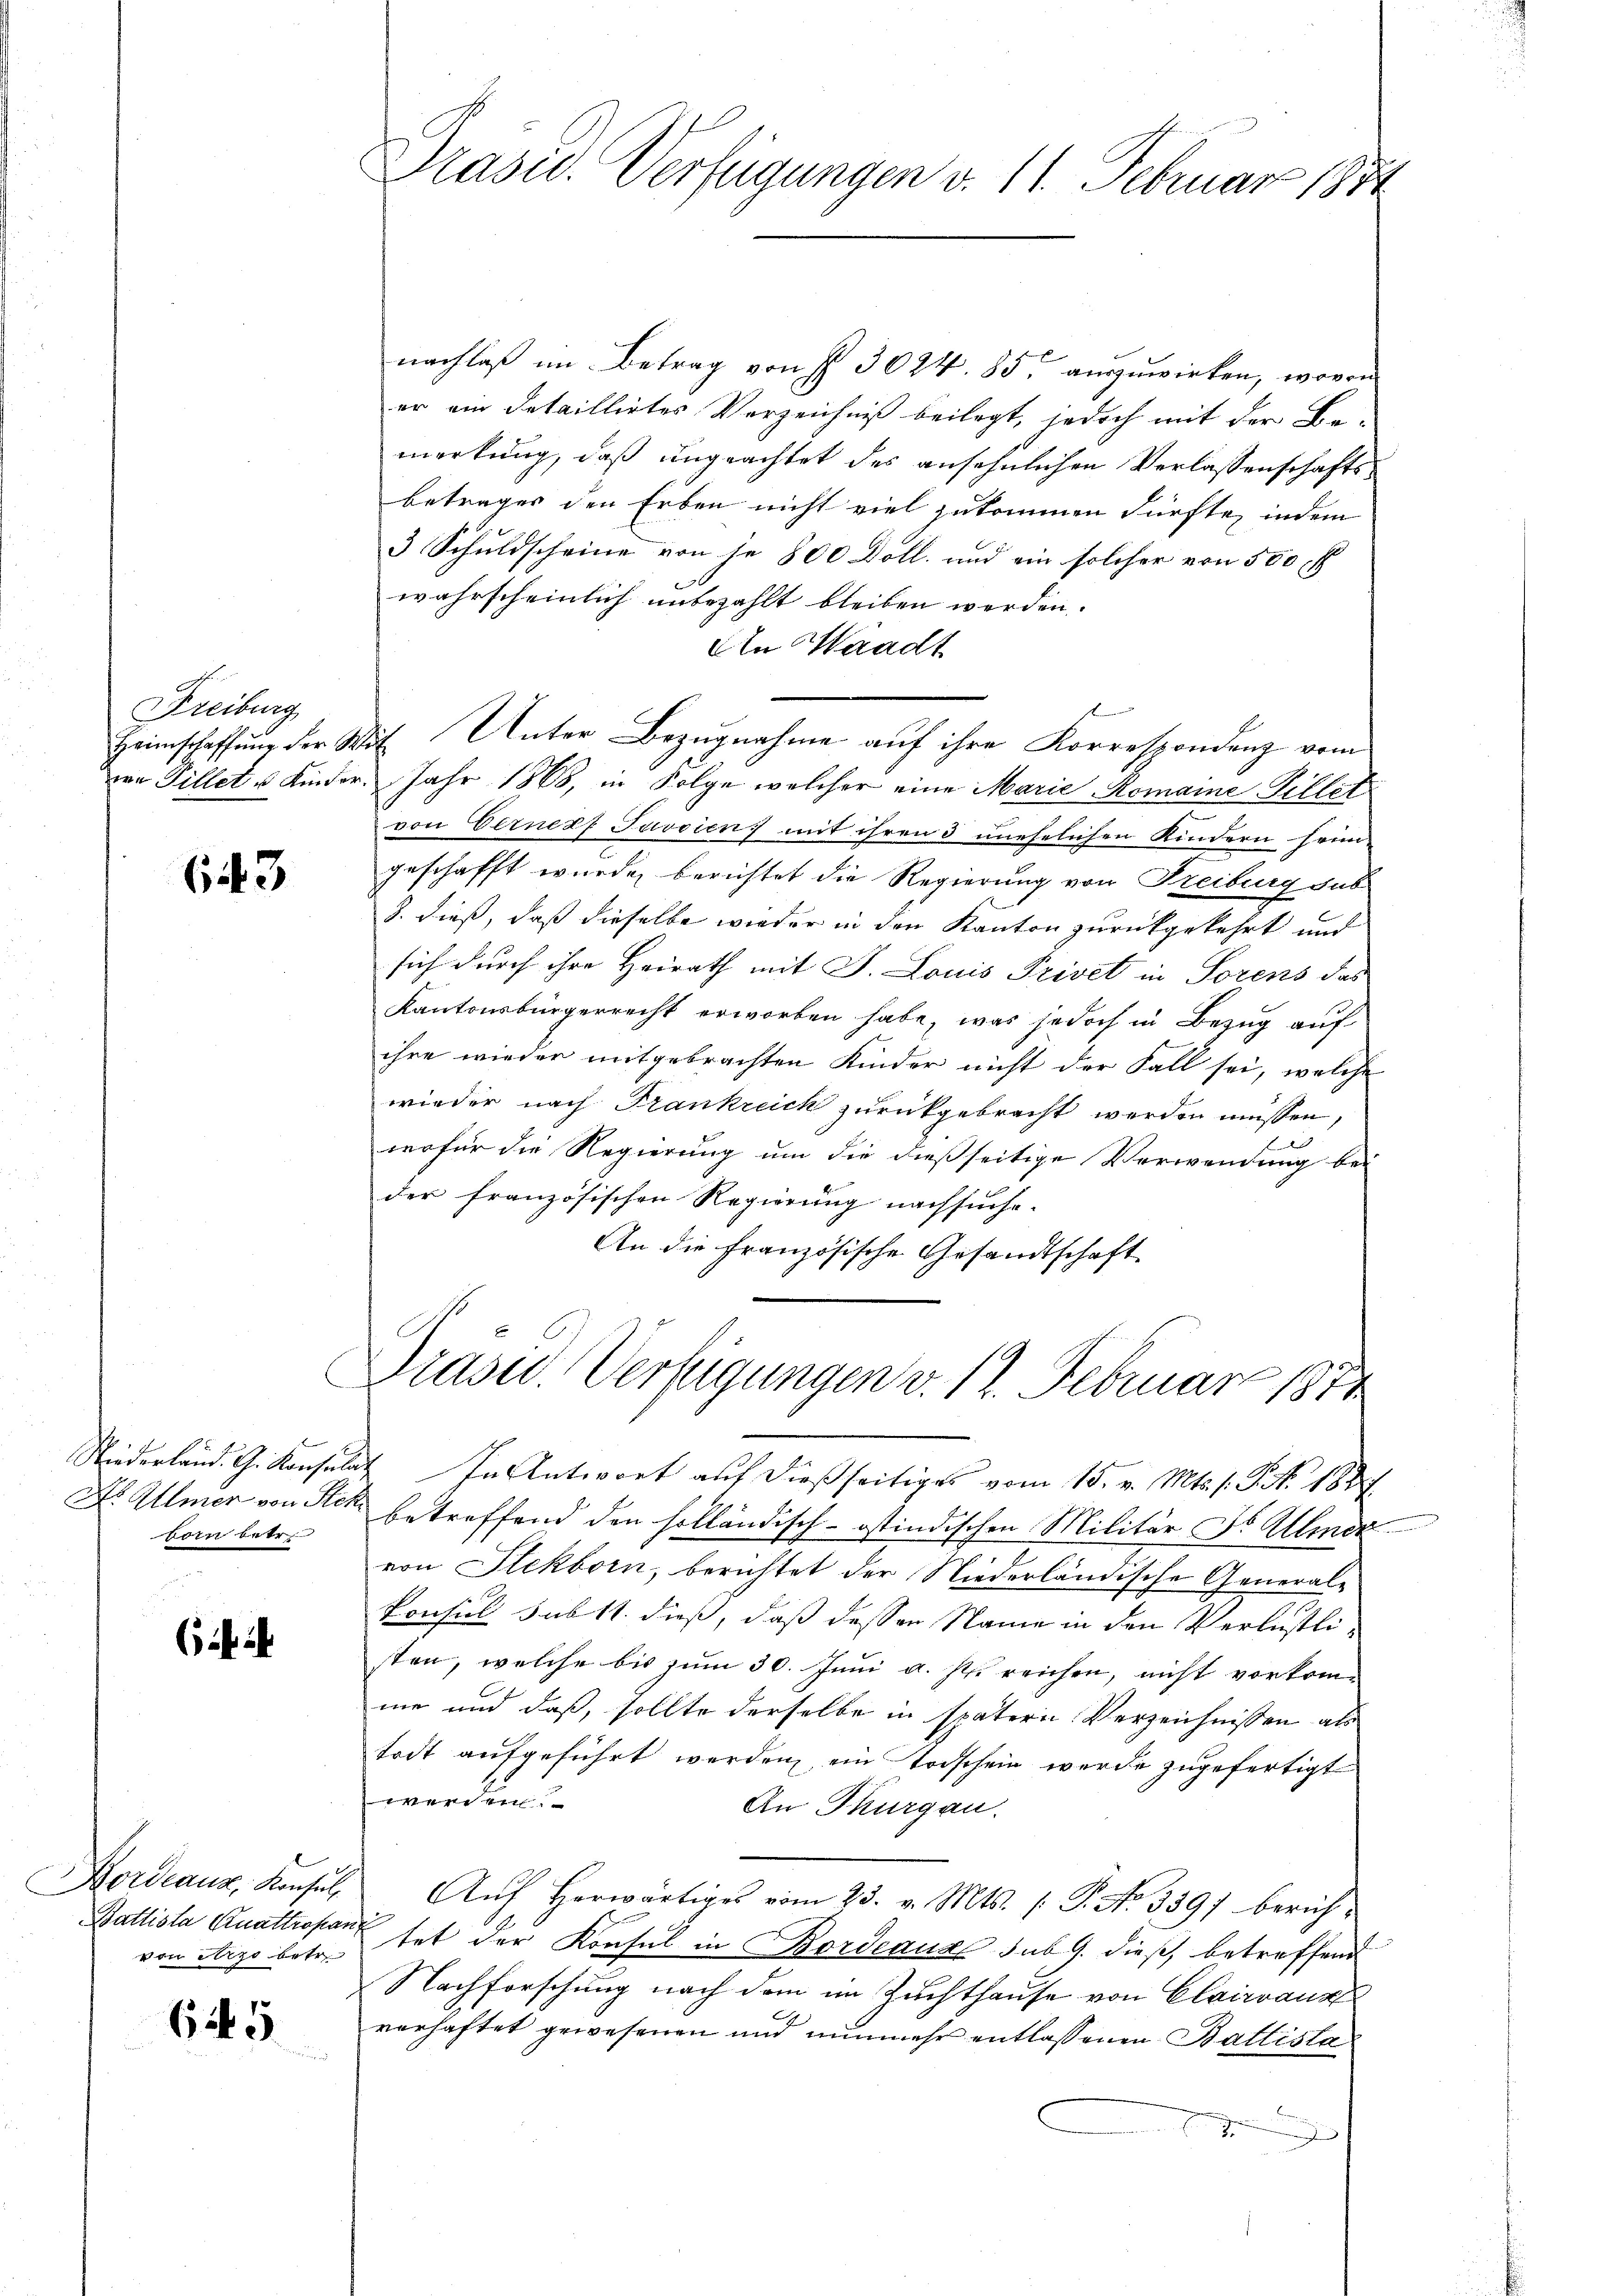
Freiburg
von Gillet u Kinder

643

born betr.

Bordeaux, Konsul
von erzo betr.

645

Präsid. Verfügungen v. 11. Februar 1871

nachlaß im Betrag von § 3024. 85. auszuwirken, wovon
er ein Detaillirtes Verzeichniß beilegt, jedoch mit der Bemerkung, daß ungeachtet des ansehnlichen Verlassenschaftsbetrages den Erben nicht viel zukommen dürfte, indem
3 Schuldscheine von je 800 Döll, und ein solcher von 500 f
wahrscheinlich unbezahlt bleiben werden.
An Waadt
Heimschaffung der Wil Unter Bezugnahme auf ihre Korrespondenz vom
r. Jahr 1868, in Folge welcher eine Marie Romaine Villet
von Verner Juvoien) mit ihren 3 unehelichen Kindern sein-
geschafft wurde, berichtet die Regierung von Freiburg sub
8. dieß, daß dieselbe wieder in den Kanton zurückgekehrt und
sich durch ihre Heirath mit J. Louis Privet in Sorens das
Kantonsbürgerrecht erworben habe, was jedoch in Bezug auf
ihre wieder mitgebrachten Kinder nicht der Fall sei, welche
wieder nach Frankreich zurückgebracht werden müssen,
wofür die Regierung um die dießseitige Verwendung bei
der französischen Regierung nachsuche.
An die französische Gesandtschaft
“
Drasu. Verfügungen v. 12. Februar 1874
Niederland. G. Konsulat In Antwort auf dießseitiges vom 15. v. Mts. s. G. N. 1889.
Dr. Allmer von Ster betreffend den solländisch-ostindischen Militär Dr. Minde
von Stekborn, berichtet der Niederländische General-
Konsul sub 11. dieß, daß dessen Name in den Verlustlisten, welche bis zum 30. Juni a. p. reichen, nicht vorkomme und daß, sollte derselbe in spätern Verzeichnissen als
todt aufgeführt werden, ein Todschein werde zugefertigt
Werke
An Thurgau.
Aŭf herwärtiges vom 23. v. Mts. (: P. No 339) berich¬
Battista Quattropant hat der Konsul in Bordeaux sub 9. dieß, betreffend
Nachforschung nach dem im Zuchthause von Clairranz
verhaftet gewesenen und nunmehr entlassenen Ballista
d